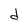
Character: d